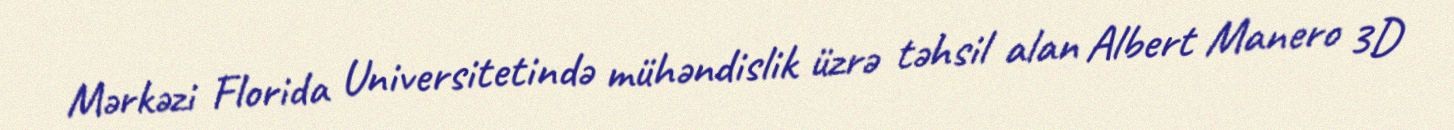
Mərkəzi Florida Universitetində mühəndislik üzrə təhsil alan Albert Manero 3D